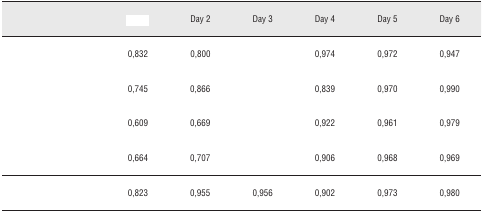
<table><thead><tr><td>[EMPTY_CELL]</td><td>[EMPTY_CELL]</td><td><b>Day 2</b></td><td><b>Day 3</b></td><td><b>Day 4</b></td><td><b>Day 5</b></td><td><b>Day 6</b></td></tr></thead><tbody><tr><td>[EMPTY_CELL]</td><td>0,832</td><td>0,800</td><td>[EMPTY_CELL]</td><td>0,974</td><td>0,972</td><td>0,947</td></tr><tr><td>[EMPTY_CELL]</td><td>0,745</td><td>0,866</td><td>[EMPTY_CELL]</td><td>0,839</td><td>0,970</td><td>0,990</td></tr><tr><td>[EMPTY_CELL]</td><td>0,609</td><td>0,669</td><td>[EMPTY_CELL]</td><td>0,922</td><td>0,961</td><td>0,979</td></tr><tr><td>[EMPTY_CELL]</td><td>0,664</td><td>0,707</td><td>[EMPTY_CELL]</td><td>0,906</td><td>0,968</td><td>0,969</td></tr><tr><td>[EMPTY_CELL]</td><td>0,823</td><td>0,955</td><td>0,956</td><td>0,902</td><td>0,973</td><td>0,980</td></tr></tbody></table>